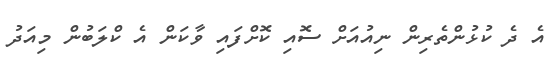
އެ ދެ ކުޅުންތެރިން ނިއުއަށް ސޮއި ކޮށްފައި ވާކަން އެ ކްލަބުން މިއަދު